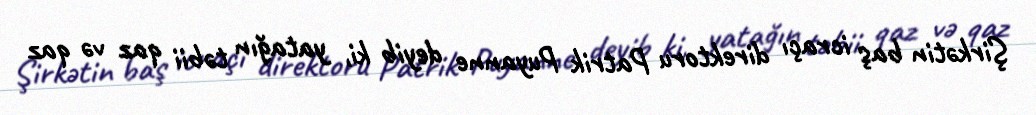
Şirkətin baş icraçı direktoru Patrik Puyanne deyib ki, yatağın təbii qaz və qaz